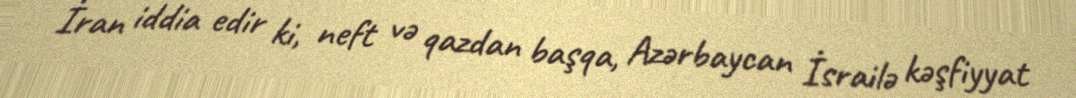
İran iddia edir ki, neft və qazdan başqa, Azərbaycan İsrailə kəşfiyyat